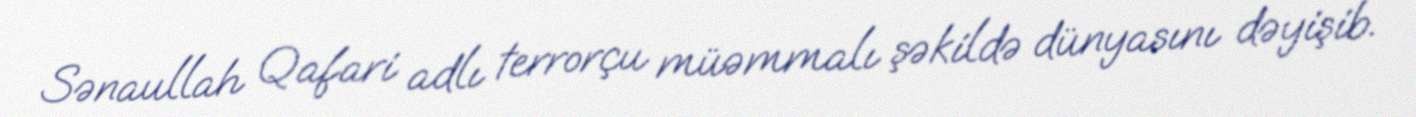
Sənaullah Qafari adlı terrorçu müəmmalı şəkildə dünyasını dəyişib.